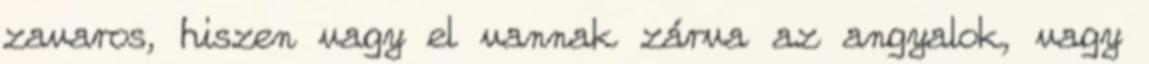
zavaros, hiszen vagy el vannak zárva az angyalok, vagy